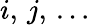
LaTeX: i,\, j,\, \ldots